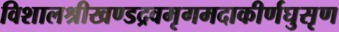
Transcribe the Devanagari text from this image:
विशालश्रीखण्डद्रवमृगमदाकीर्णघुसृण